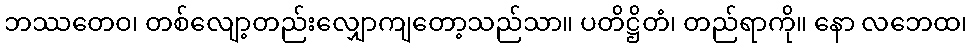
ဘဿတေဝ၊ တစ်လျော့တည်းလျှောကျတော့သည်သာ။ ပတိဋ္ဌိတံ၊ တည်ရာကို။ နော လဘေထ၊